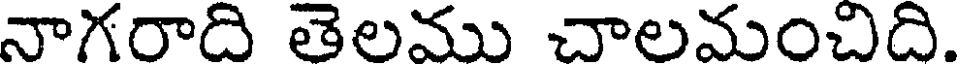
నాగరాది తెలము చాలమంచిది.